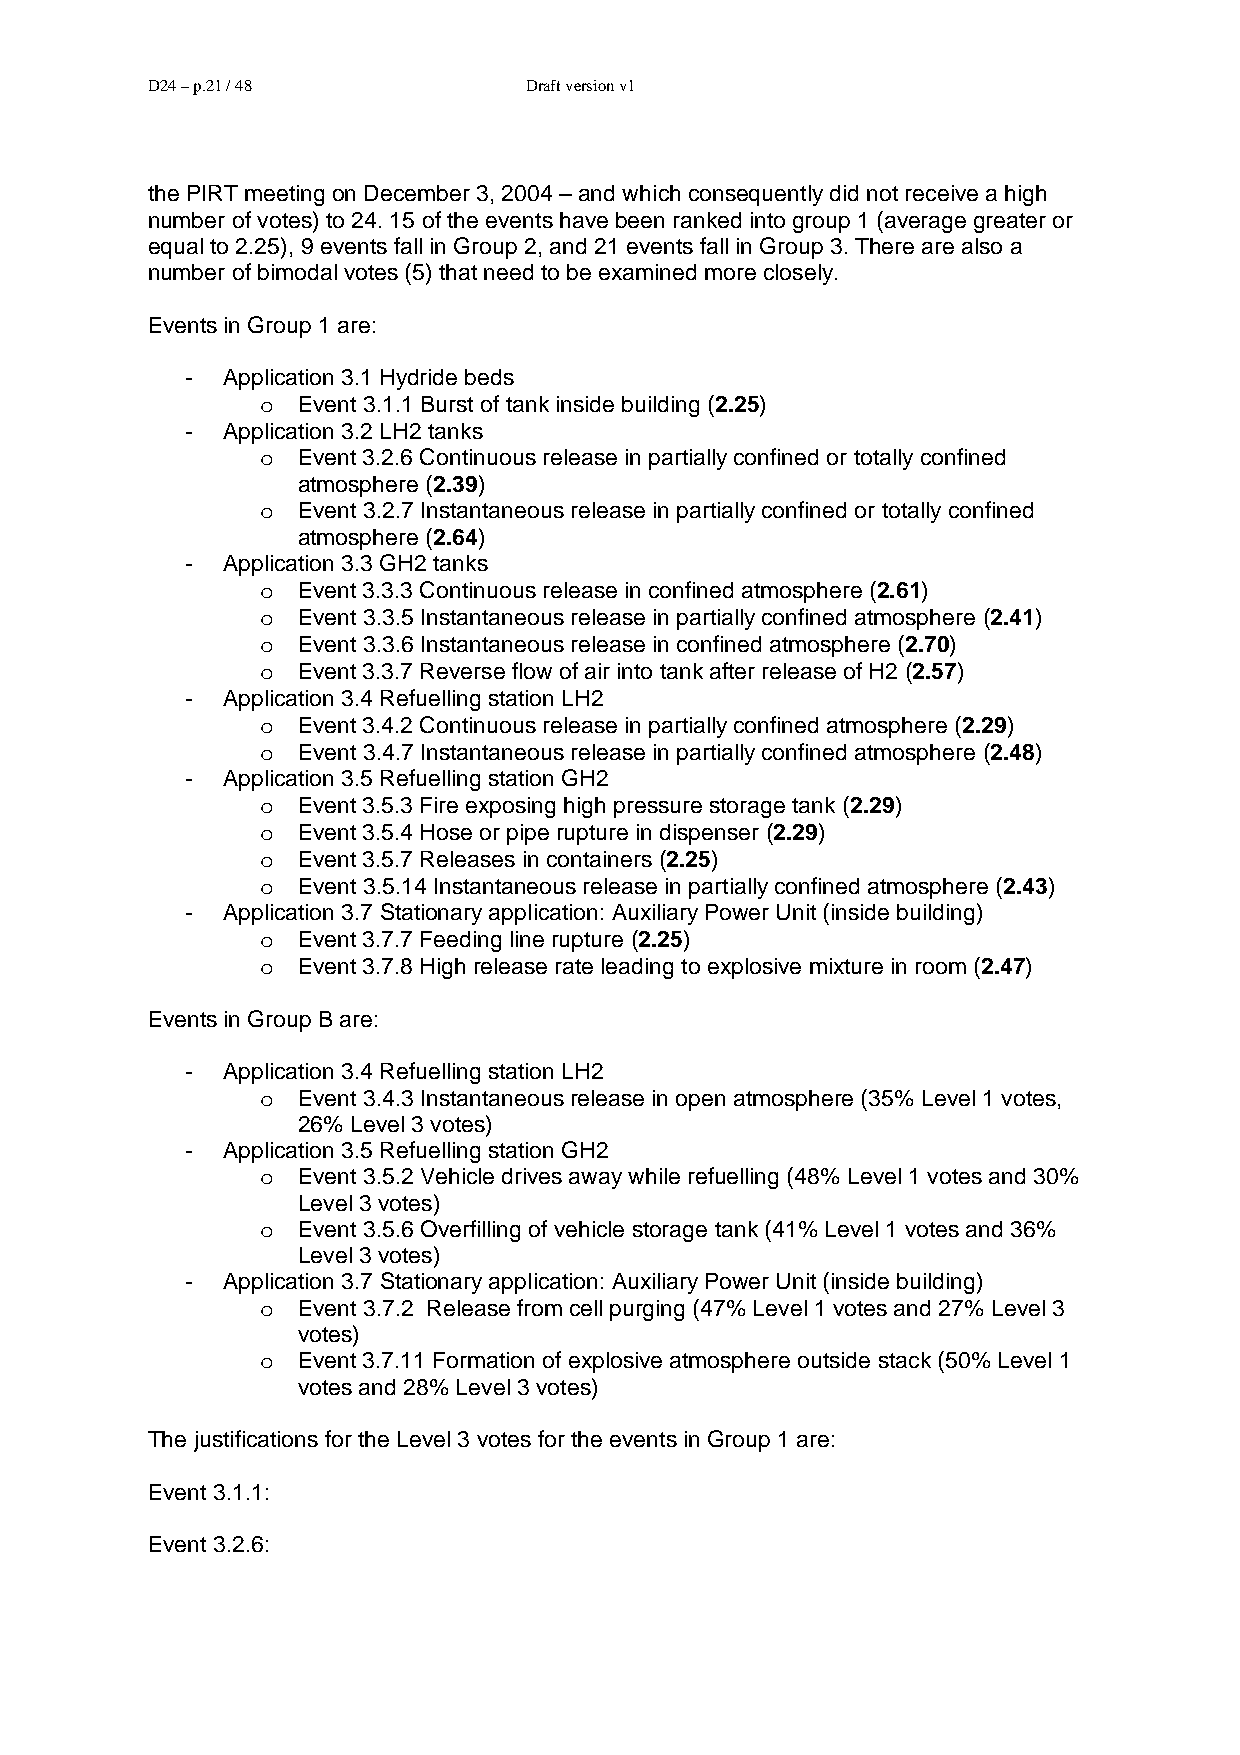
D24 – p.21 / 48          Draft version v1
 the PIRT meeting on December 3, 2004 – and which consequently did not receive a high
 number of votes) to 24. 15 of the events have been ranked into group 1 (average greater or
 equal to 2.25), 9 events fall in Group 2, and 21 events fall in Group 3. There are also a
 number of bimodal votes (5) that need to be examined more closely.
 Events in Group 1 are:
 -  Application 3.1 Hydride beds
 o  Event 3.1.1 Burst of tank inside building (2.25)
 -  Application 3.2 LH2 tanks
 o  Event 3.2.6 Continuous release in partially confined or totally confined
 atmosphere (2.39)
 o  Event 3.2.7 Instantaneous release in partially confined or totally confined
 atmosphere (2.64)
 -  Application 3.3 GH2 tanks
 o  Event 3.3.3 Continuous release in confined atmosphere (2.61)
 o  Event 3.3.5 Instantaneous release in partially confined atmosphere (2.41)
 o  Event 3.3.6 Instantaneous release in confined atmosphere (2.70)
 o  Event 3.3.7 Reverse flow of air into tank after release of H2 (2.57)
 -  Application 3.4 Refuelling station LH2
 o  Event 3.4.2 Continuous release in partially confined atmosphere (2.29)
 o  Event 3.4.7 Instantaneous release in partially confined atmosphere (2.48)
 -  Application 3.5 Refuelling station GH2
 o  Event 3.5.3 Fire exposing high pressure storage tank (2.29)
 o  Event 3.5.4 Hose or pipe rupture in dispenser (2.29)
 o  Event 3.5.7 Releases in containers (2.25)
 o  Event 3.5.14 Instantaneous release in partially confined atmosphere (2.43)
 -  Application 3.7 Stationary application: Auxiliary Power Unit (inside building)
 o  Event 3.7.7 Feeding line rupture (2.25)
 o  Event 3.7.8 High release rate leading to explosive mixture in room (2.47)
 Events in Group B are:
 -  Application 3.4 Refuelling station LH2
 o  Event 3.4.3 Instantaneous release in open atmosphere (35% Level 1 votes,
 26% Level 3 votes)
 -  Application 3.5 Refuelling station GH2
 o  Event 3.5.2 Vehicle drives away while refuelling (48% Level 1 votes and 30%
 Level 3 votes)
 o  Event 3.5.6 Overfilling of vehicle storage tank (41% Level 1 votes and 36%
 Level 3 votes)
 -  Application 3.7 Stationary application: Auxiliary Power Unit (inside building)
 o  Event 3.7.2 Release from cell purging (47% Level 1 votes and 27% Level 3
 votes)
 o  Event 3.7.11 Formation of explosive atmosphere outside stack (50% Level 1
 votes and 28% Level 3 votes)
 The justifications for the Level 3 votes for the events in Group 1 are:
 Event 3.1.1:
 Event 3.2.6: